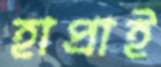
হাপ্‌রাই